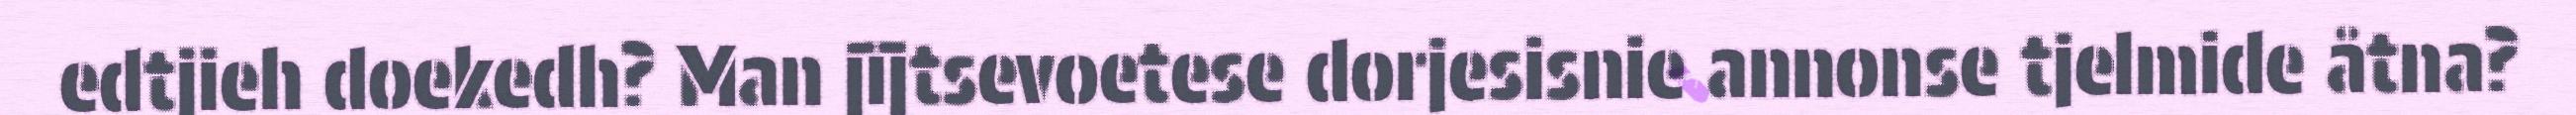
edtjieh doekedh? Man jïjtsevoetese dorjesisnie annonse tjelmide åtna?